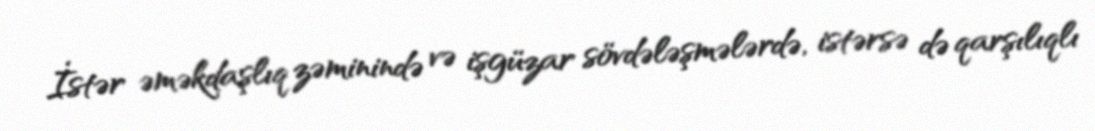
İstər əməkdaşlıq zəminində və işgüzar sövdələşmələrdə, istərsə də qarşılıqlı